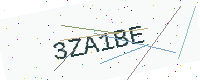
Text: 3ZA1BE